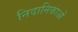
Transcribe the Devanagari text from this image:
निदानिकाओं